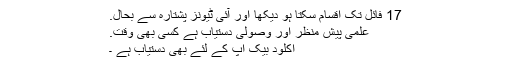
17 فائل تک اقسام سکتا ہو دیکھا اور آئی ٹیونز پشتارہ سے بحال.
علمی پیش منظر اور وصولی دستیاب ہے کسی بھی وقت.
اکلود بیک اپ کے لئے بھی دستیاب ہے ۔